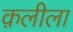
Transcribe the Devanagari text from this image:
क़लीला